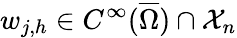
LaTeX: w_{j,h}\in C^{\infty}(\overline{{\Omega}})\cap\mathcal X_{n}